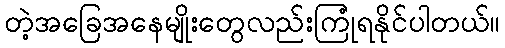
တဲ့အခြေအနေမျိုးတွေလည်းကြုံရနိုင်ပါတယ်။